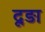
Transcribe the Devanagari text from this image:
दूड़ा